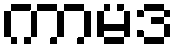
ကာမဒ